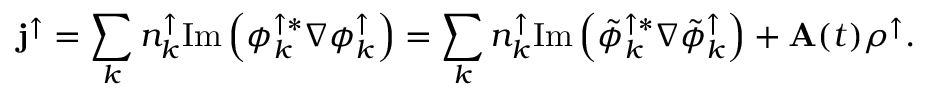
{ \bf j } ^ { \uparrow } = \sum _ { k } { n _ { k } ^ { \uparrow } \mathrm { I m } \left( \phi _ { k } ^ { \uparrow * } \nabla \phi _ { k } ^ { \uparrow } \right) } = \sum _ { k } { n _ { k } ^ { \uparrow } \mathrm { I m } \left( \tilde { \phi } _ { k } ^ { \uparrow * } \nabla \tilde { \phi } _ { k } ^ { \uparrow } \right) } + { \bf A } ( t ) \rho ^ { \uparrow } .